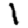
Digit: 1